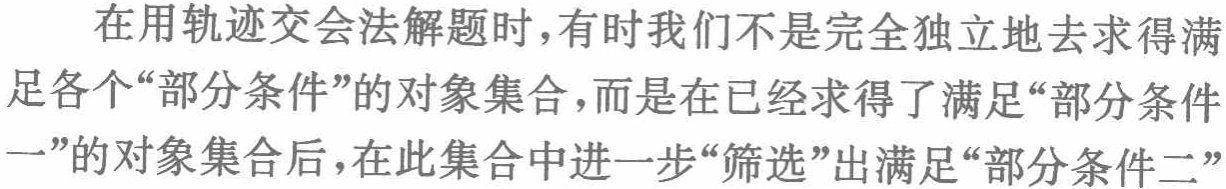
在用轨迹交会法解题时,有时我们不是完全独立地去求得满足各个“部分条件”的对象集合,而是在已经求得了满足“部分条件一”的对象集合后,在此集合中进一步“筛选”出满足“部分条件二”